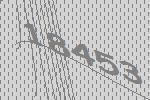
18453